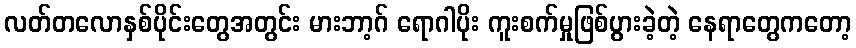
လတ်တလောနှစ်ပိုင်းတွေအတွင်း မားဘာ့ဂ် ရောဂါပိုး ကူးစက်မှုဖြစ်ပွားခဲ့တဲ့ နေရာတွေကတော့